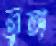
তুঙ্গ